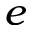
e